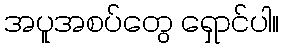
အပူအစပ်တွေ ရှောင်ပါ။